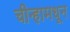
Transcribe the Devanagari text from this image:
चीन्हामधून